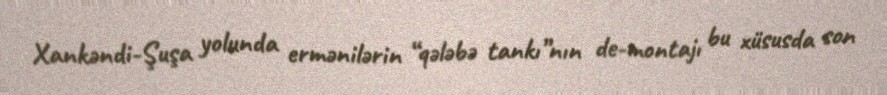
Xankəndi-Şuşa yolunda ermənilərin “qələbə tankı”nın de-montajı bu xüsusda son